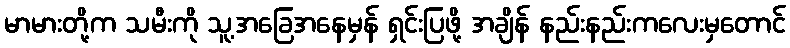
မာမားတို့က သမီးကို သူ့အခြေအနေမှန် ရှင်းပြဖို့ အချိန် နည်းနည်းကလေးမှတောင်